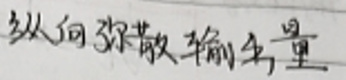
纵向弥散输移量